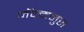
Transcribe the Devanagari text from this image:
मॅक्मनुस